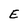
Character: E